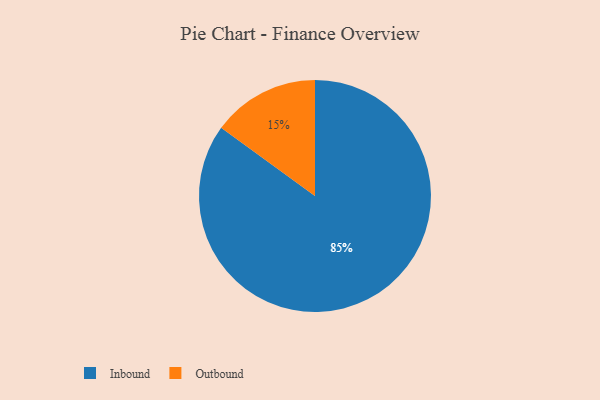
{"axis": {"x": "Category", "y": "Percentage"}, "legend": ["Inbound", "Outbound"], "data": [{"x": "Inbound", "y": 85, "type": "Inbound"}, {"x": "Outbound", "y": 15, "type": "Outbound"}]}